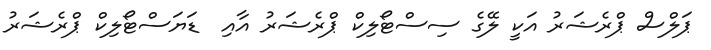
ޕަލްސް ޕްރެޝަރު އަކީ ލޭގެ ސިސްޓޯލިކް ޕްރެޝަރު އާއި  ޑަޔަސްޓޯލިކް ޕްރެޝަރު